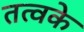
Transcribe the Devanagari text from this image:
तत्वके